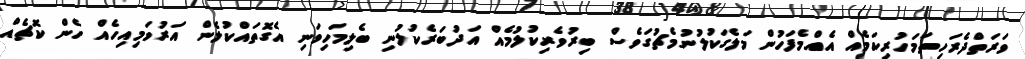
ވަރަތްދެރަހިތަމަހުރިކަމެއް އެއްމެފަހުން މަލެގަކުލުނުމެޗުގަވެސް ބިރުވެރިކުލުމެއް އަދުބަރެކުލުނި ބެލިމަހިވަނި އެގޮތައްކުލެން އަރުވަމިއިހެއް ހެން ކޮޗެއް